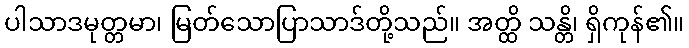
ပါသာဒမုတ္တမာ၊ မြတ်သောပြာသာဒ်တို့သည်။ အတ္ထိ သန္တိ၊ ရှိကုန်၏။